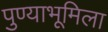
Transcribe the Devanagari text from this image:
पुण्याभूमिला